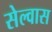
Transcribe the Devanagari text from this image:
सेल्वास